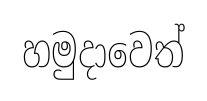
හමුදාවෙත්